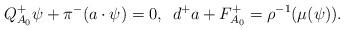
LaTeX: \begin{align*}Q^+_{A_0}\psi + \pi^-(a\cdot \psi) = 0,\,\,\, d^{+}a + F^+_{A_0} = \rho^{-1}(\mu(\psi)).\end{align*}